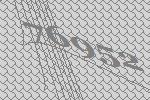
76952